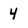
Character: 4